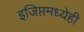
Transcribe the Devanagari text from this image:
इजिप्तमध्येही